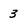
Character: 3